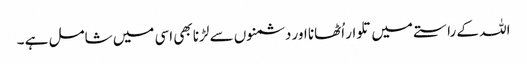
اللہ کے راستے میں تلوار اُٹھانا اور دشمنوں سے لڑنا بھی اسی میں شامل ہے ۔